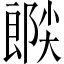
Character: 𫵉